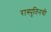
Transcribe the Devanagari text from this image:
रास्पुतिनची